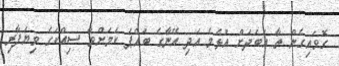
ގޮވައިގެން ތާ އަބަދަށް އުޅެމެ އަދި އޭނާގެ ބައްޕަ ކަމަށްވާ ސިއްކަގެ ވިޔަފާރި